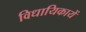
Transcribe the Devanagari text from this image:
विधायिकायें